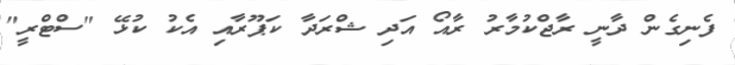
ފެނިގެން ދާނީ ރާޖްކުމާރު ރާއޯ އަދި ޝްރަދާ ކަޕޫރާއި އެކު ކުޅޭ "ސްޓްރީ"